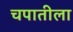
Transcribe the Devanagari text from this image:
चपातीला